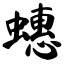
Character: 蟪